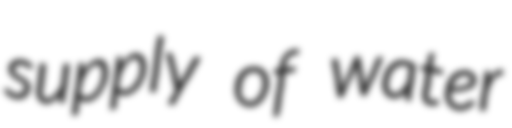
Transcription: supply of water